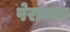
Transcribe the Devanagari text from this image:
पेरांम्बर